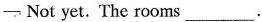
—Not yet. The rooms ___.